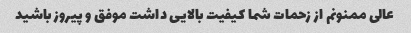
عالی ممنونم از زحمات شما کیفیت بالایی داشت موفق و پیروز باشید